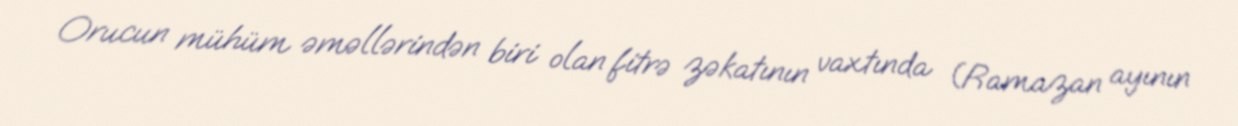
Orucun mühüm əməllərindən biri olan fitrə zəkatının vaxtında (Ramazan ayının